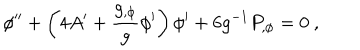
\phi ^ { \prime \prime } + \left( 4 A ^ { \prime } + { \frac { g _ { , \phi } } { g } } \phi ^ { \prime } \right) \phi ^ { \prime } + 6 g ^ { - 1 } P _ { , \phi } = 0 \ ,